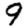
Digit: 9